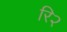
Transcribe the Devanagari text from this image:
रि२